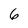
Character: 6